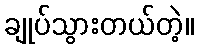
ချုပ်သွားတယ်တဲ့။